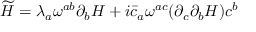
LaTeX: \widetilde { \cal H } = \lambda _ { a } \omega ^ { a b } \partial _ { b } H + i \bar { c } _ { a } \omega ^ { a c } ( \partial _ { c } \partial _ { b } H ) c ^ { b }